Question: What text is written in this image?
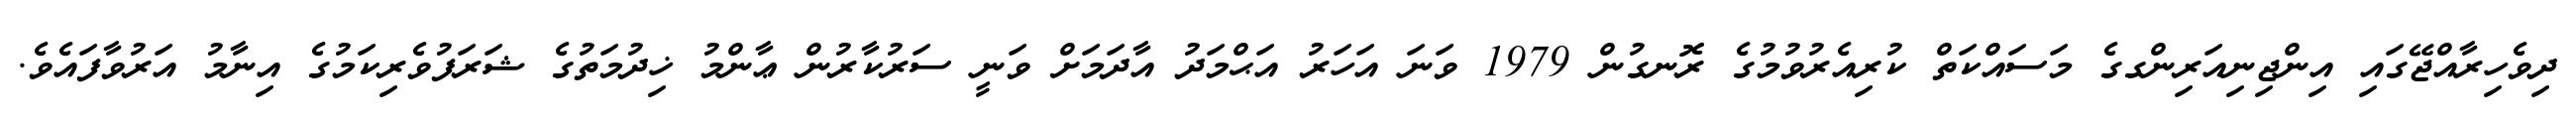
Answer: ދިވެހިރާއްޖޭގައި އިންޖިނިއަރިންގގެ މަސައްކަތް ކުރިއެރުވުމުގެ ރޮނގުން 1979 ވަނަ އަހަރު އަޙްމަދު އާދަމަށް ވަނީ ސަރުކާރުން ޢާންމު ޚިދުމަތުގެ ޝަރަފުވެރިކަމުގެ އިނާމު އަރުވާފައެވެ.